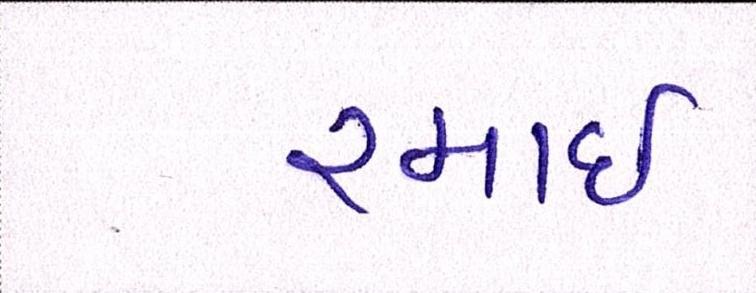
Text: રમાઈ